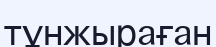
тұнжыраған